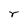
Character: r